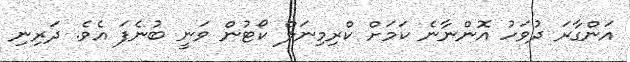
އަންގާރަ ދުވަހު އޮންނާނެ ކަމަށް ކްރިމިނަލް ކޯޓުން ވަނީ ބުނެފަ އެވެ. ދަރިނި